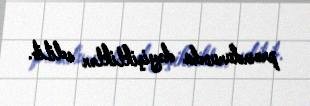
prosedurunda dəyişikliklər edilib.